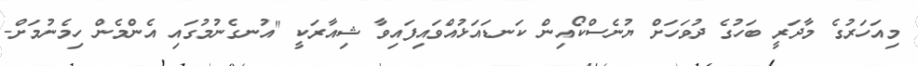
މިއަހަރުގެ މާދަރީ ބަހުގެ ދުވަހަށް ޔުނެސްކޯއިން ކަނޑައަޅުއްވައިފައިވާ ޝިއާރަކީ "އުނގެނުމުގައި އެންމެން ހިމެނުމަށް-